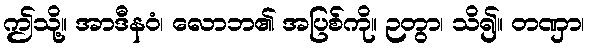
ဤသို့။ အာဒီနဝံ၊ လောဘ၏ အပြစ်ကို။ ဉတွာ၊ သိ၍။ တဏှာ၊